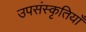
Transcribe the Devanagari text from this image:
उपसंस्कृतियाँ